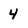
Character: 4